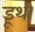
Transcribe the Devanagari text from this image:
डूथी